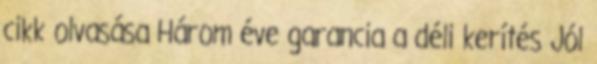
cikk olvasása Három éve garancia a déli kerítés Jól